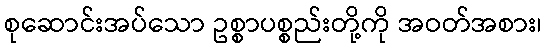
စုဆောင်းအပ်သော ဥစ္စာပစ္စည်းတို့ကို အဝတ်အစား၊